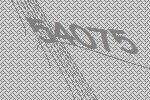
54075